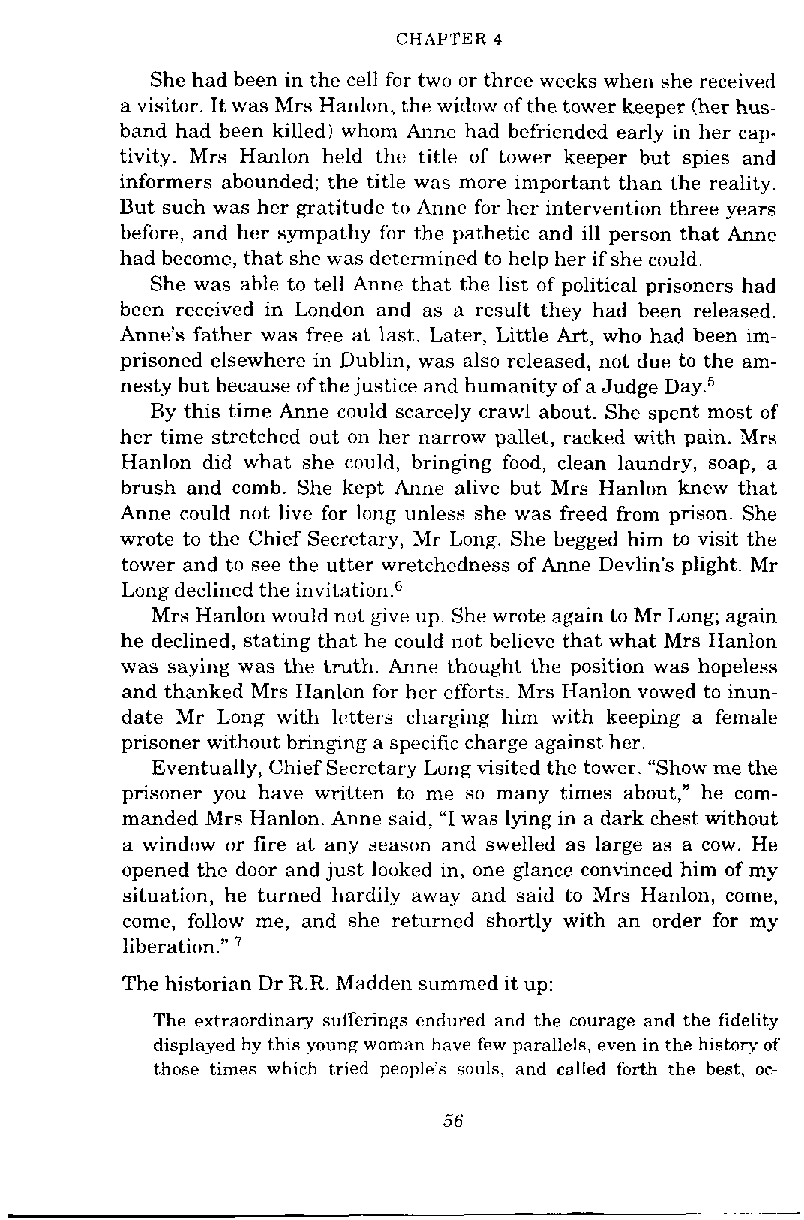
CHAPTER 4
 She had been in the cell for two or three weeks when she received
 a visitor. It was Mrs Hanlon, the widow of the tower keeper (her hus-
 band had been killed) whom Anne had befriended early in her cap-
 tivity. Mrs Hanlon held the title of tower keeper but spies and
 informers abounded; the title was more important than the reality.
 But such was her gratitude to Anne for her intervention three years
 before, and her sympathy tbr the pathetic and ill person that Anne
 had become, that she was determincd to help her if she could.
 She was able to tell Anne that the list of political prisoners had
 been received in London and as a result they had been released.
 Anne's father was free at last. Later, Little Art, who had been im-
 prisoned elsewhere in Dublin, was also released, not due to the am-
 nesty but because of the justice and humanity of a Judge Day.5
 By this time Anne could scarcely crawl about. She spent most of
 her time stretched out on her narrow pallet, racked with pain. Mrs
 Hanlon did what she could, bringing food, clean laundry, soap, a
 brush and comb. She kept Anne alive but Mrs Hanlon knew that
 Anne could not livc for long unless she was freed from prison. She
 wrote to the Chief Secretary, Mr Long. She begged him to visit the
 tower and to see the utter wretchedness of Anne Devlin's plight. Mr
 Long declined the i~vitation.~
 Mrs Hanlon would not give up. She wrote again to Mr Long; again
 he declined, stating that he could not believe that what Mrs Hanlon
 was saying was the truth. Anne thought the position was hopeless
 and thanked Mrs Hanlon for her efforts. Mrs Hanlon vowed to inun-
 date Mr Long with letters charging him with keeping a female
 prisoner without bringing a specific charge against her.
 Eventually, Chief Secretary Long visited the tower. "Show me the
 prisoner you have written to me so many times about," he com-
 manded Mrs Hanlon. Anne said, "I was lymg in a dark chest without
 a window or fire at any season and swelled as large as a cow. He
 opened the door and just looked in, one glance convinced him of my
 situation, he turned hardily away and said to Mrs Hanlon, come,
 come, follow me, and she returned shortly with an order for my
 liberation."
 The historian Dr R.R. Madden summed it up:
 The extraordinary sufferings endured and the courage and the fidelity
 displayed by this young woman have few parallels, even in the history of
 those times which tried people's souls, and called forth the best, oc-